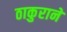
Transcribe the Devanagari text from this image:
ठाकुराने